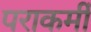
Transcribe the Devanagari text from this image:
पराकर्मी